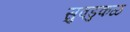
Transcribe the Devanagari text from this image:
सुवडुकळ